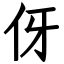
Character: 伢